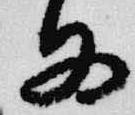
為